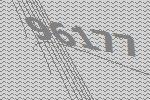
96177